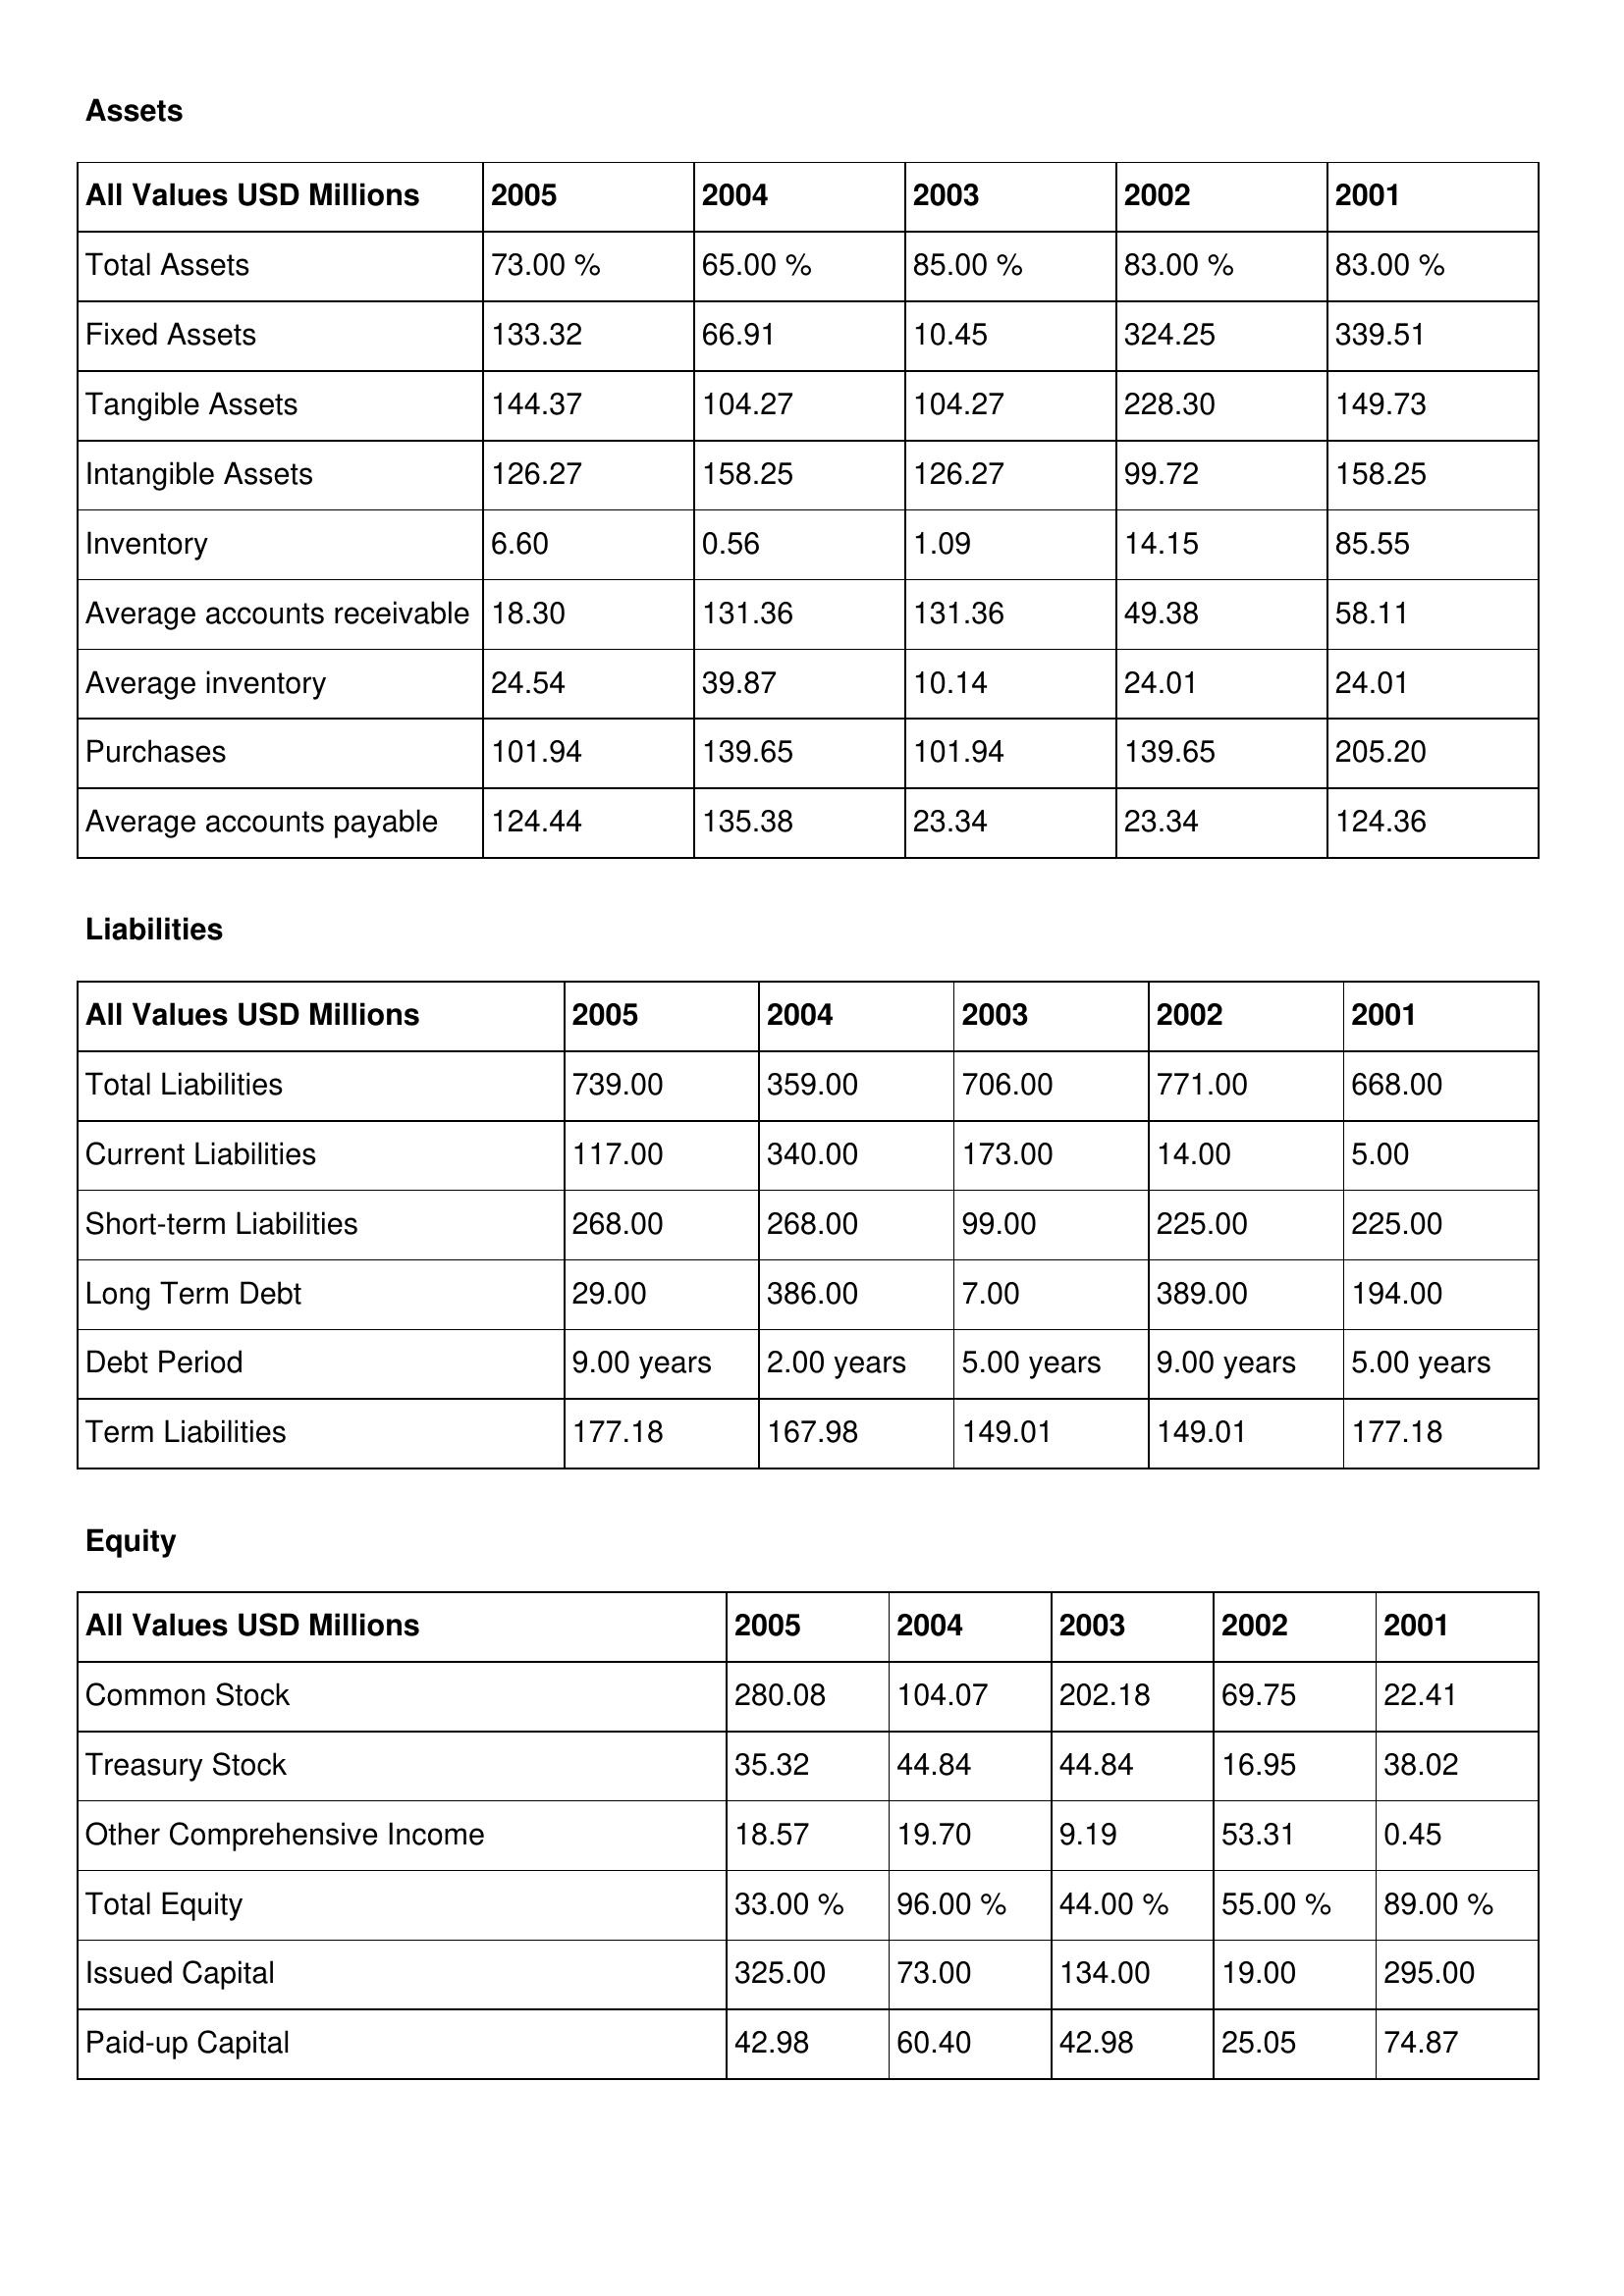
gt_parse: 2005: Assets: Total Assets: 73.00 %
Fixed Assets: 133.32
Tangible Assets: 144.37
Intangible Assets: 126.27
Inventory: 6.60
Average accounts receivable: 18.30
Average inventory: 24.54
Purchases: 101.94
Average accounts payable: 124.44
Liabilities: Total Liabilities: 739.00
Current Liabilities: 117.00
Short-term Liabilities: 268.00
Long Term Debt: 29.00
Debt Period: 9.00 years
Term Liabilities: 177.18
Equity: Common Stock: 280.08
Treasury Stock: 35.32
Other Comprehensive Income: 18.57
Total Equity: 33.00 %
Issued Capital: 325.00
Paid-up Capital: 42.98
2004: Assets: Total Assets: 65.00 %
Fixed Assets: 66.91
Tangible Assets: 104.27
Intangible Assets: 158.25
Inventory: 0.56
Average accounts receivable: 131.36
Average inventory: 39.87
Purchases: 139.65
Average accounts payable: 135.38
Liabilities: Total Liabilities: 359.00
Current Liabilities: 340.00
Short-term Liabilities: 268.00
Long Term Debt: 386.00
Debt Period: 2.00 years
Term Liabilities: 167.98
Equity: Common Stock: 104.07
Treasury Stock: 44.84
Other Comprehensive Income: 19.70
Total Equity: 96.00 %
Issued Capital: 73.00
Paid-up Capital: 60.40
2003: Assets: Total Assets: 85.00 %
Fixed Assets: 10.45
Tangible Assets: 104.27
Intangible Assets: 126.27
Inventory: 1.09
Average accounts receivable: 131.36
Average inventory: 10.14
Purchases: 101.94
Average accounts payable: 23.34
Liabilities: Total Liabilities: 706.00
Current Liabilities: 173.00
Short-term Liabilities: 99.00
Long Term Debt: 7.00
Debt Period: 5.00 years
Term Liabilities: 149.01
Equity: Common Stock: 202.18
Treasury Stock: 44.84
Other Comprehensive Income: 9.19
Total Equity: 44.00 %
Issued Capital: 134.00
Paid-up Capital: 42.98
2002: Assets: Total Assets: 83.00 %
Fixed Assets: 324.25
Tangible Assets: 228.30
Intangible Assets: 99.72
Inventory: 14.15
Average accounts receivable: 49.38
Average inventory: 24.01
Purchases: 139.65
Average accounts payable: 23.34
Liabilities: Total Liabilities: 771.00
Current Liabilities: 14.00
Short-term Liabilities: 225.00
Long Term Debt: 389.00
Debt Period: 9.00 years
Term Liabilities: 149.01
Equity: Common Stock: 69.75
Treasury Stock: 16.95
Other Comprehensive Income: 53.31
Total Equity: 55.00 %
Issued Capital: 19.00
Paid-up Capital: 25.05
2001: Assets: Total Assets: 83.00 %
Fixed Assets: 339.51
Tangible Assets: 149.73
Intangible Assets: 158.25
Inventory: 85.55
Average accounts receivable: 58.11
Average inventory: 24.01
Purchases: 205.20
Average accounts payable: 124.36
Liabilities: Total Liabilities: 668.00
Current Liabilities: 5.00
Short-term Liabilities: 225.00
Long Term Debt: 194.00
Debt Period: 5.00 years
Term Liabilities: 177.18
Equity: Common Stock: 22.41
Treasury Stock: 38.02
Other Comprehensive Income: 0.45
Total Equity: 89.00 %
Issued Capital: 295.00
Paid-up Capital: 74.87